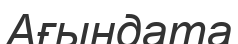
Ағындата